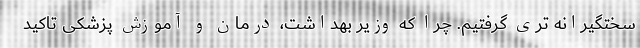
سختگیرانه تری گرفتیم. چرا که وزیر بهداشت، درمان و آموزش پزشکی تاکید